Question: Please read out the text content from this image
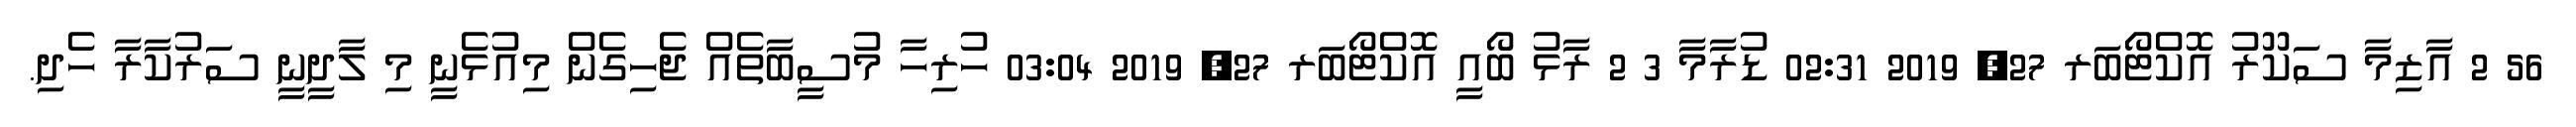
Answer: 56 2 އާޒިމާ ސަކޫރު އޮކްޓޯބަރ 27, 2019 02:31 ޑުރާމާ 3 2 ރާޅު ބޯއީ އޮކްޓޯބަރ 27, 2019 03:04 ހުރިހާ މުސީބާތެއް ޖެހިގެން މިއުޅެނީ މި ލާދީނީ ސަރުކާރާ ހެދި.